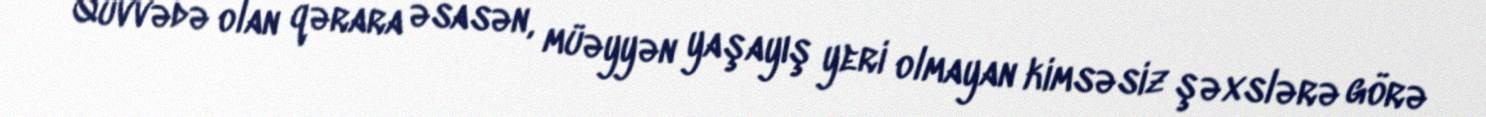
Qüvvədə olan qərara əsasən, müəyyən yaşayış yeri olmayan kimsəsiz şəxslərə görə